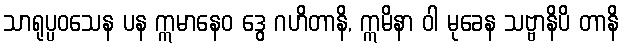
သာရုပ္ပဝသေန ပန ဣမာနေဝ ဒွေ ဂဟိတာနိ, ဣမိနာ ဝါ မုခေန သဗ္ဗာနိပိ တာနိ